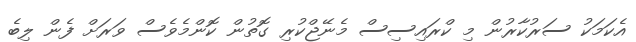
އެކަމަކު ސަރުކާރުން މި ކްރައިސިސް މެނޭޖްކުރި ގޮތުން ކޮންމެވެސް ވަރަށް ފެން ލިބެ